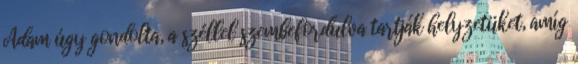
Adam úgy gondolta, a széllel szembefordulva tartják helyzetüket, amíg